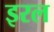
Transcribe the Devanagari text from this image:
इरल